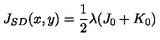
J _ { S D } ( x , y ) = \frac { 1 } { 2 } \lambda ( J _ { 0 } + K _ { 0 } )